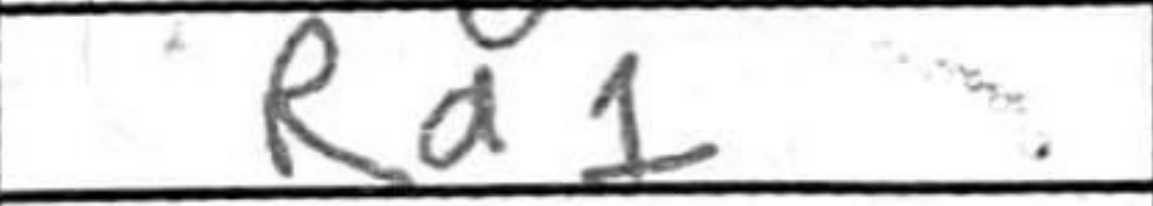
Transcription: Ra1